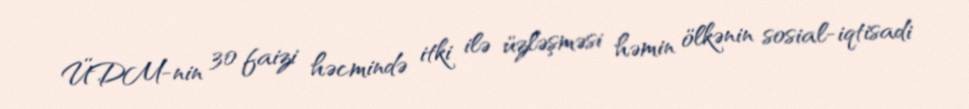
ÜDM-nin 30 faizi həcmində itki ilə üzləşməsi həmin ölkənin sosial-iqtisadi